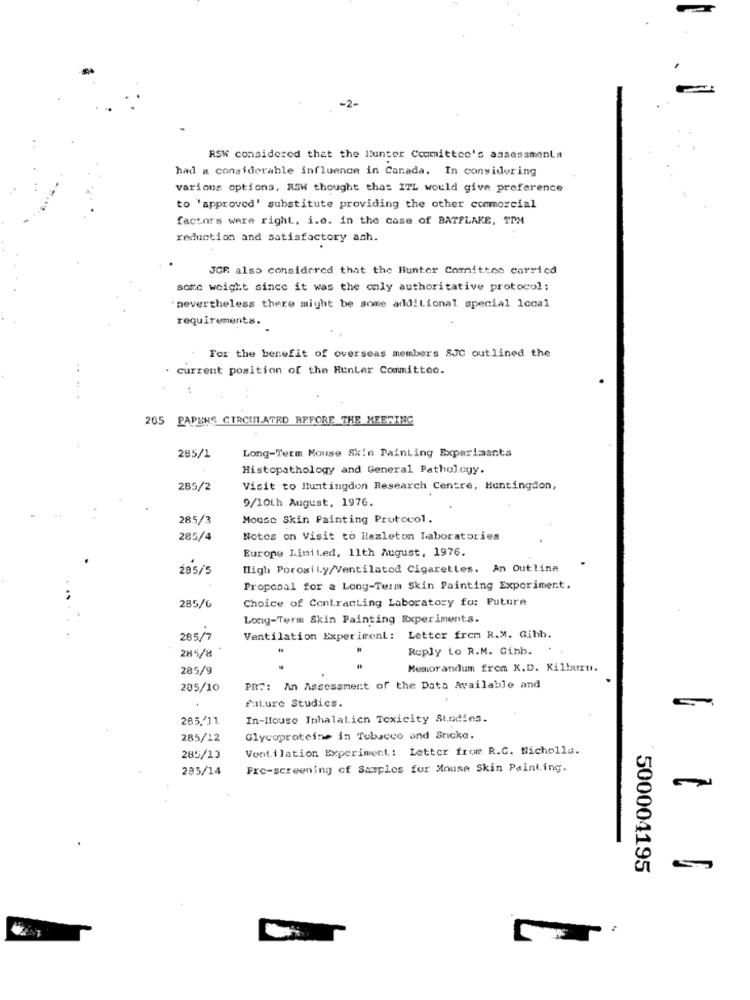
-2-
RSW considered that the llunter Committee's assessmenta
had a considerable influence in Canada. In considering
varions options, RSW thought that ITL would give preference
to 'approved' substitute providing the other commercial
factors were right, i.o. in the case of BATFLAKE, TPM
reduction and satisfactory ash.
JGF also considered that the Hunter Committee carried
some weight since it was the only authoritative protocol;
. nevertheless there might be some additional special local
requirements.
For the benefit of overseas members SJC outlined the
. current position of the Hunter Committeo.
265 PAPERS CIRCULATED BEFORE THE MEERING
Long-Term Mouse Skin Painting Experiments
285/1
Histopathology and General Pathology.
285/2
Visit to Huntingdon Research Centre, Huntingdon,
9/10th August, 1976.
285/3
Mouse Skin Painting Protocol.
285/4
Notes on Visit to Hazleton Laboratories
Europe Limited, 11th August, 1976.
285/5
High Porosity/Ventilatod Cigaretles. An Outline
Proposal for a Long-Term Skin Painting Experiment.
Choice of Contracting Laboratory for Future
285/6
Long-Term Skin Painting Experiment.s.
285/7
Ventilation Experiment: Letter frem R.M. Gibb.
285/8
Reply to R.M. Ginb.
285/9
.
Memorandum from K.D. Kilburn.
205/10
PRT: An Assessment of the Data Available and
Paluro Studics.
265,'11
In-House Inhalation Toxicity Sindins.
285/12
Glycoproteins in Tobacco and Sricke.
Ventilation Experiment: Letter from R.C. Nicholls.
285/13
285/14
Fre-screening of Samples fur Mouse Skin Paint.ing.
500004195